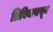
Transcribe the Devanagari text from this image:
लिबियापासून